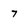
Character: 7